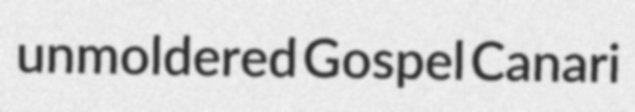
unmoldered Gospel Canari